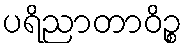
ပရိညာတာဝိဉ္စ